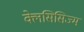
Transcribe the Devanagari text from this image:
क्लेसिसिज्म